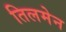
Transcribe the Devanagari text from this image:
तिलमेन